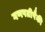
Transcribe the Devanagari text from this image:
गणपतीपैकी